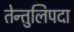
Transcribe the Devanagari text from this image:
तेन्तुलिपदा